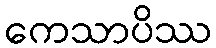
ကေသာပိဿ